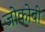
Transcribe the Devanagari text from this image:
जोकोबी